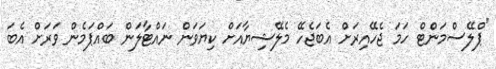
"ޕްލޭސްމަންޓް ހަމަ ޖެހޭއިރަށް އެބަޖެހޭ މެލޭޝިޔާއަށް ކިޔަވަން ނައްޓާލަން ބައްޕަމެން ވަރަށް އެބަ